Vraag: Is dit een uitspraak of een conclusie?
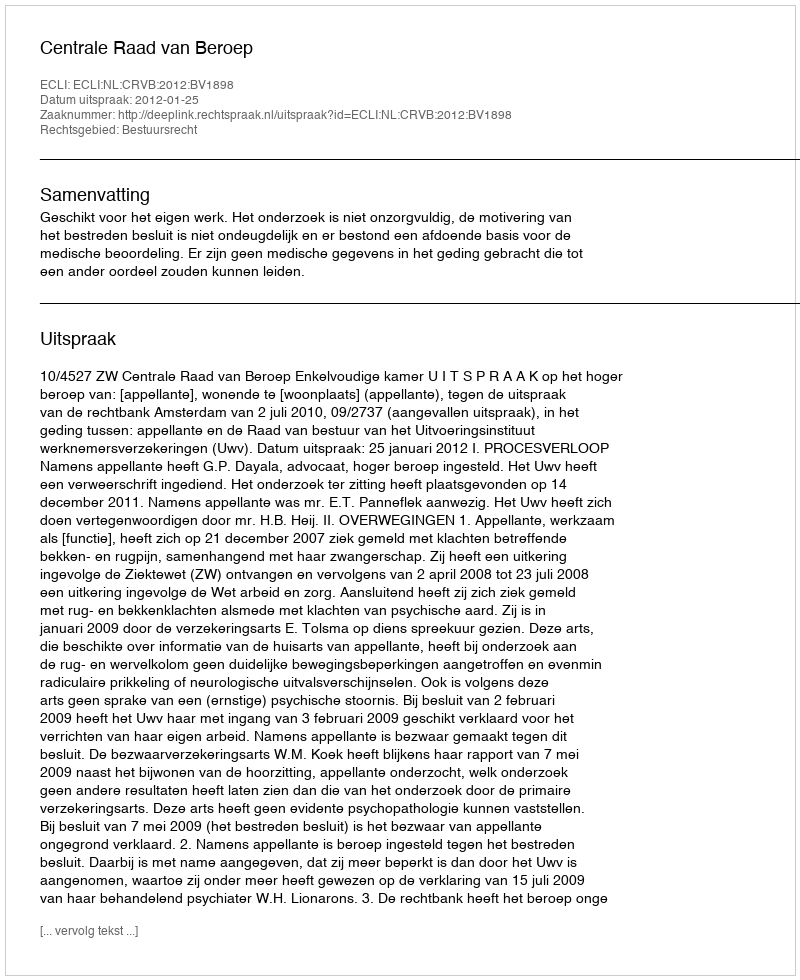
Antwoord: Uitspraak